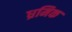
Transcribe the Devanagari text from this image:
ध्रमिक